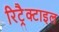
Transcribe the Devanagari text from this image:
रिट्रैक्टाइल